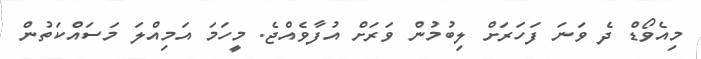
މިއެވޯޑް ދެ ވަނަ ފަހަރަަށް ލިބުމުން ވަރަށް އުފާވެއްޖެ. މީހަމަ އަމިއްލަ މަސައްކަތުން